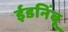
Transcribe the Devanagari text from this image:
ईडनिंबू